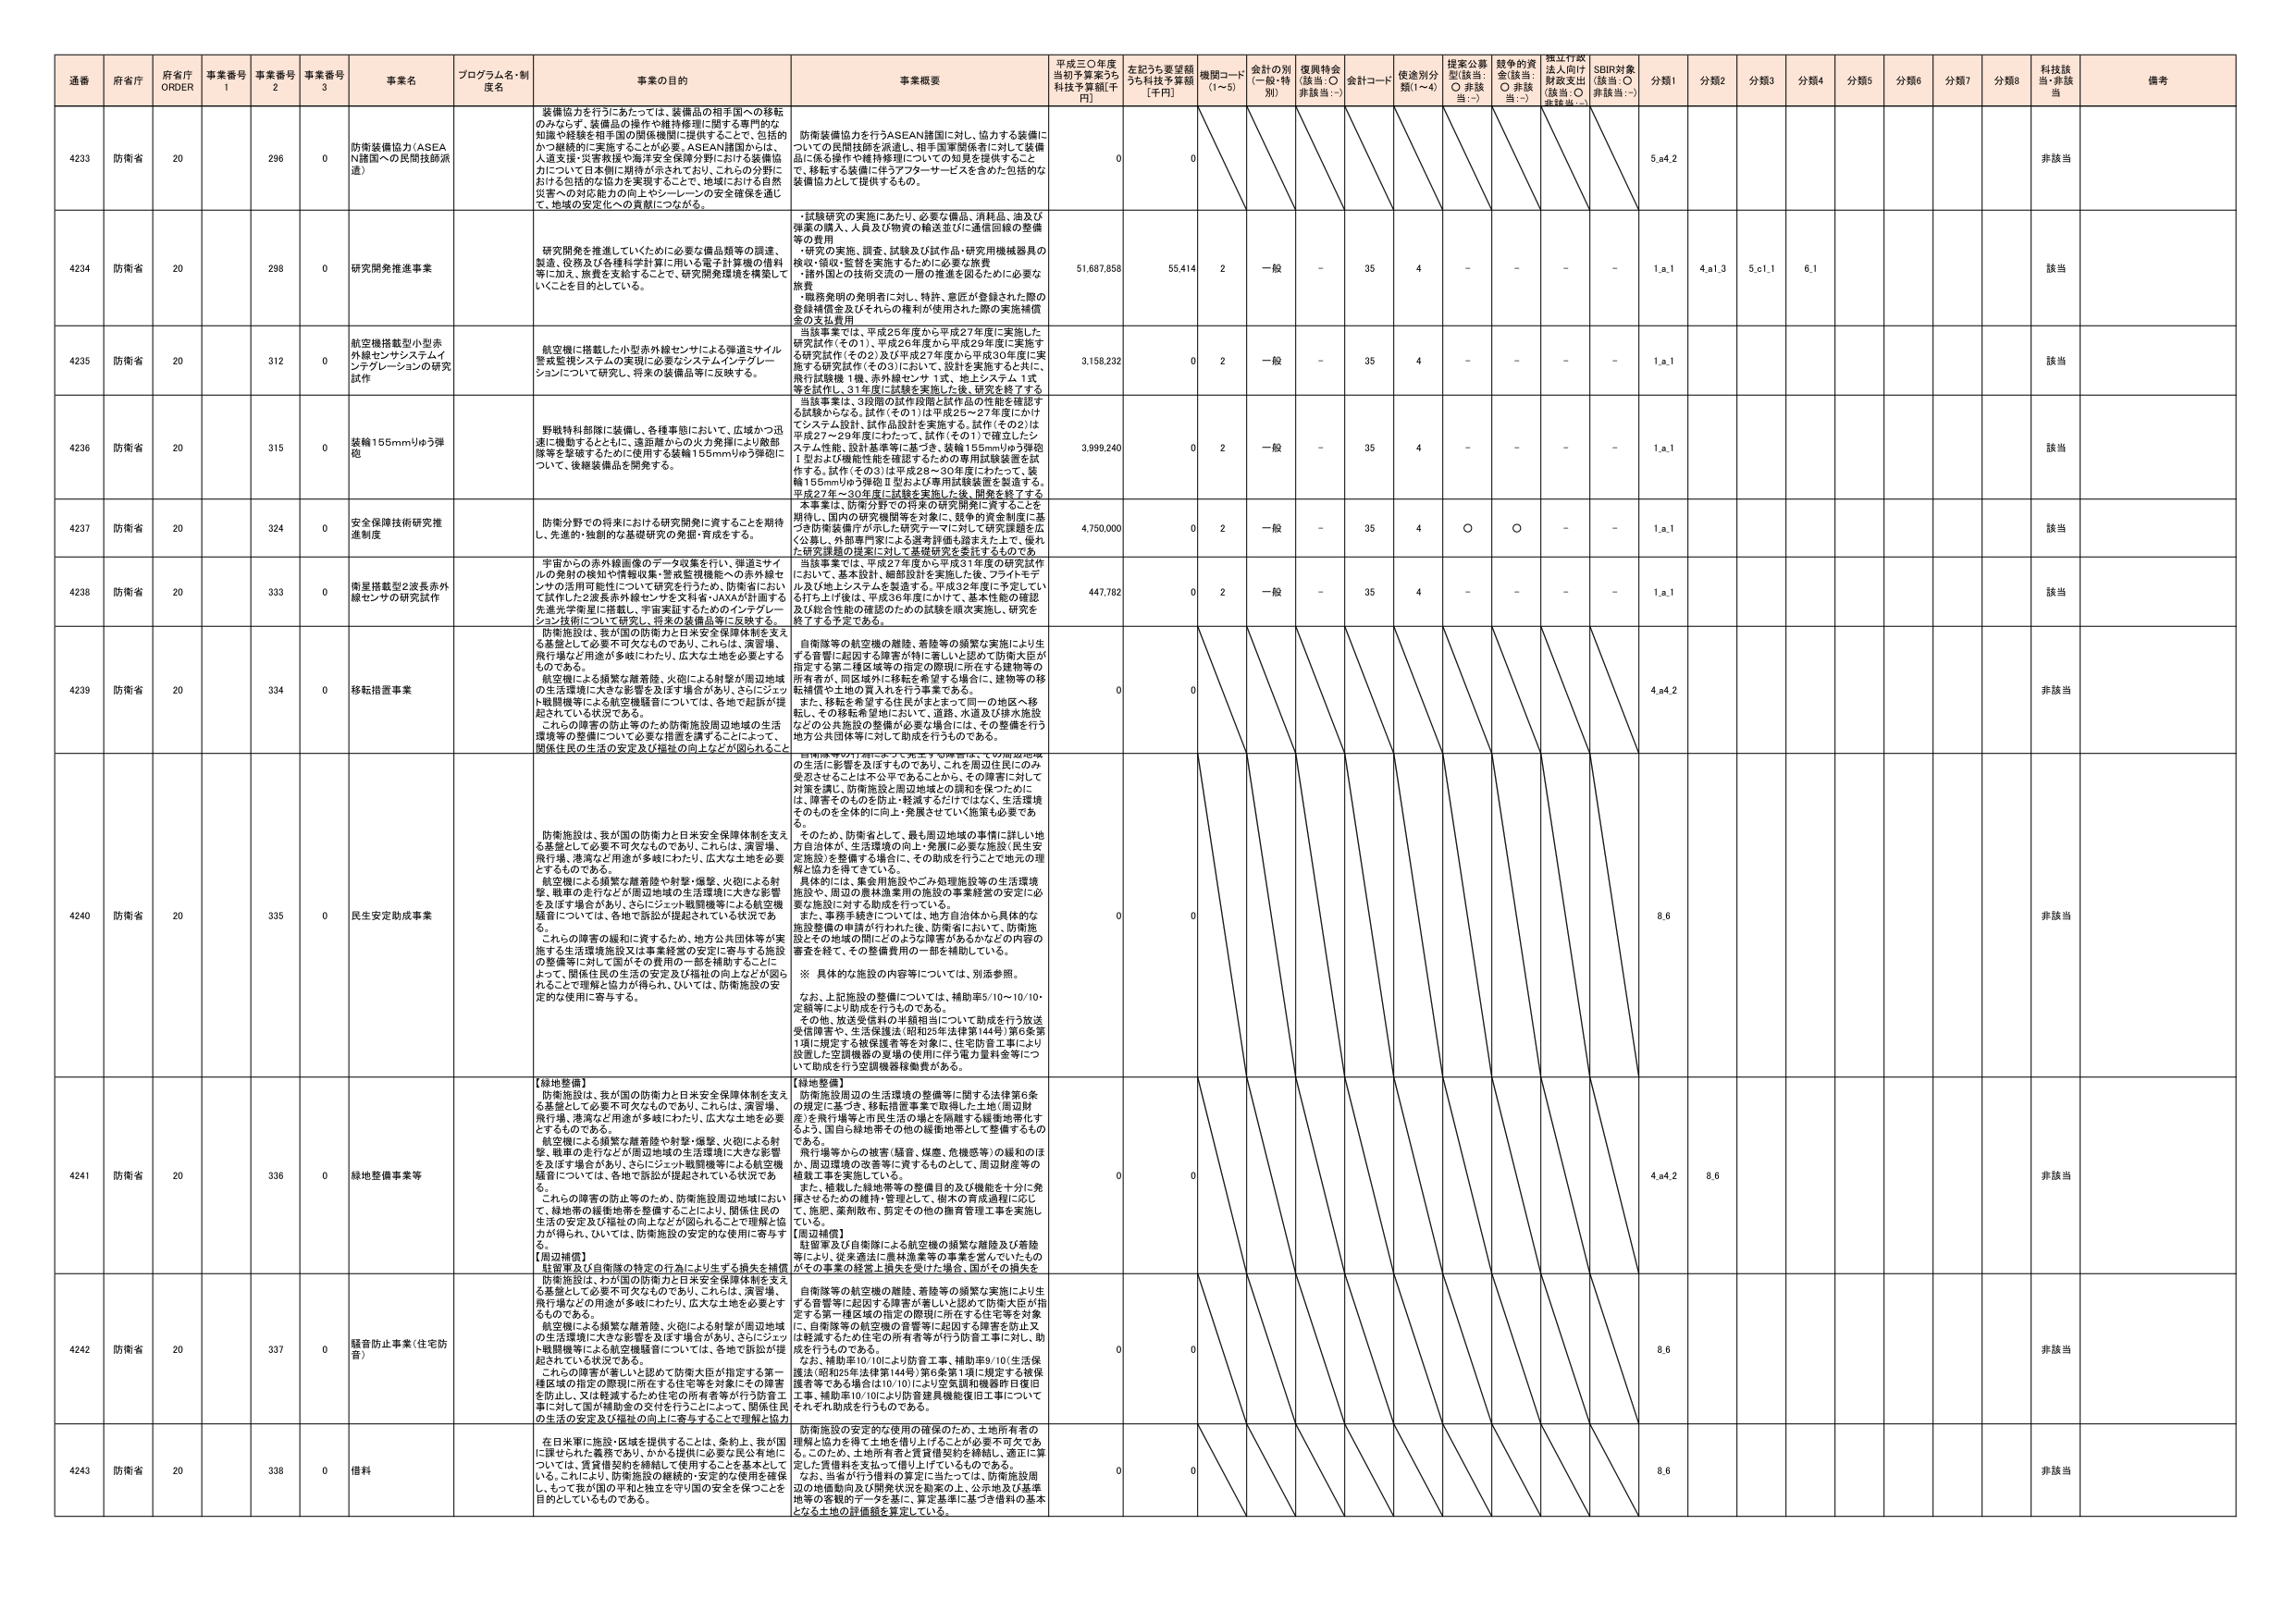
通番 府省庁 府省庁 ORDER 事業番号 1 事業番号 2 事業番号 3 事業名 プログラム名・制度名 事業の目的 事業概要 平成三〇年度当初予算案うち科技予算額[千円] 左記うち要望額うち科技予算額[千円] 機関コード(1～5) 会計の別(一般・特別) 復興特会(該当:○ 非該当:－) 会計コード 使途別分類(1～4) 提案公募型(該当:○ 非該当:－) 競争的資金(該当:○ 非該当:－) 採択行政法入向け財政支出(該当:○ 非該当:－) SDBR対象(該当:○ 非該当:－) 分類1 分類2 分類3 分類4 分類5 分類6 分類7 分類8 科技該当・非該当 備考

4233 防衛省 20 296 0 防衛装備協力(ASEAN諸国への民間技師派遣) 装備協力を行うにあたっては、装備品の相手国への移転のみならず、装備品の操作や維持修理に関する専門的な知識や経験を相手国の関係機関に提供することで、包括的かつ継続的に実施することが必要です。ASEAN諸国からは、人道支援・災害救援や海洋安全保障分野における装備協力について日本側に期待が示されており、これらの分野における包括的な協力を実現することで、地域における自然災害への対応能力の向上やシン・レーンの安全保障を通じて、地域の安定化への貢献につながる。 防衛装備協力を行うASEAN諸国に対し、協力する装備についての長期間技術を派遣し、相手国軍関係者に対し、装備品に係る操作や維持修理についての知見を提供すること で、移転する装備に伴うアフターサービスを含めた包括的な装備協力として提供するもの。 0 0 5,α4,2 非該当

4234 防衛省 20 298 0 研究開発推進事業 研究開発を推進していくために必要な備品類等の調達、製造、役務及び各種科学計算に用いる電子計算機の借料等に加え、旅費を支給することで、研究開発環境を構築していくことを目的としている。 ・試験研究の実施にあたり、必要な備品、消耗品、油及び弾薬の購入、人員及び物資の輸送並びに通信回線の整備等の費用 ・研究の実施、調査、試験及び試作品・研究用機械器具の検討、発注・監督を実施するために必要な旅費 ・諸外国との技術交流の一層の推進を図るために必要な旅費 ・最期発明の発明者に対し、特許、意匠が登録された際の登録補償金及びそれらの権利が使用された際の実施補償金の支払費用 51,687,858 55,414 2 一般 - 35 4 - - - - 1,α,1 4,α1,3 5,α1,1 6,1 該当

4235 防衛省 20 312 0 航空機搭載型小型赤外線センサシステムインテグレーションの研究試作 航空機に搭載した小型赤外線センサによる弾道ミサイル警戒監視システムの実現に必要なシステムインテグレーションについて研究し、将来の装備品等に反映する。 当該事業では、平成25年度から平成27年度に実施した研究試作(その1)、平成26年度から平成29年度に実施する研究試作(その2)及び平成27年度から平成30年度に実施する研究試作(その3)において、設計を実施すると共に、飛行試験機1機、赤外線センサ1式、地上システム1式等を試作し、31年度に試験を実施した後、研究を終了する。 3,158,232 0 2 一般 - 35 4 - - - - 1,α,1 該当

4236 防衛省 20 315 0 装輪155mmりゅう弾砲 野戦特科部隊に装備し、各種事態において、広域かつ迅速に機動するとともに、遠距離からの火力発揮により敵部隊等を撃破するために使用する装輪155mmりゅう弾砲について、後継装備品を開発する。 当該事業は、3段階の試作段階と試作品の性能を確認する試験からなる。試作(その1)は平成25～27年度にかけてシステム設計、試作品設計を実施する。試作(その2)は平成27～29年度にわたって、試作(その1)で確立したシステム性能、設計基準等に基づき、装輪155mmりゅう弾砲1型および機能性能を確認するための専用試験装置を試作する。試作(その3)は平成28～30年度にわたって、装輪155mmりゅう弾砲Ⅱ型および専用試験装置を製造する。平成27年～30年度に試験を実施した後、開発を終了する。 3,999,240 0 2 一般 - 35 4 - - - - 1,α,1 該当

4237 防衛省 20 324 0 安全保障技術研究推進制度 防衛分野での将来における研究開発に資することを期待し、先進的・独創的な基礎研究の発掘・育成をする。 本事業は、防衛分野での将来の研究開発に資することを期待し、国内の研究機関等を対象に、競争的資金制度に基づき防衛分野が示した研究テーマに対して研究課題を広く公募し、外部専門家による選考評価を踏まえた上で、優れた研究課題の提案に対して基礎研究を委託するものである。 4,750,000 0 2 一般 - 35 4 ○ ○ - - 1,α,1 該当

4238 防衛省 20 333 0 衛星搭載型2波長赤外線センサの研究試作 宇宙からの赤外線画像のデータ収集を行い、弾道ミサイルの発射の検知や情報収集・警戒監視機能への赤外線センサの活用可能性について研究を行うため、防衛省において試作した2波長赤外線センサを文科省・JAXAが計画する先進光子衛星に搭載し、宇宙実証するためのインテグレーション技術について研究し、将来の装備品等に反映する。 当該事業では、平成27年度から平成31年度の研究試作において、基本設計、細部設計を実施した後、フライトモデル及び地上システムを製造する。平成32年度に予定している打ち上げ後は、平成36年度にかけて、基本性能の確認及び総合性能の確認のための試験を順次実施し、研究を終了する予定である。 447,782 0 2 一般 - 35 4 - - - - 1,α,1 該当

4239 防衛省 20 334 0 移転措置事業 防衛施設は、我が国の防衛力と日米安全保障体制を支える基盤として必要不可欠なものであり、これらは、演習場、飛行場など用途が多岐にわたり、広大な土地を必要とするものである。 航空機による頻繁な離着陸や射撃・爆撃、火砲による射撃、戦車の走行などが周辺地域の生活環境に大きな影響を及ぼす場合があり、さらにジェット戦闘機等による航空機騒音については、各地で訴訟が提起されている状況である。 これらの障害の防止等のため、防衛施設周辺地域の生活環境等の整備について必要性が指摘することによって、関係住民の生活の安定及び福祉の向上などが図られること 自衛隊等の航空機の離陸、着陸等の頻繁な実施により生ずる音響に起因する障害が特に著しいと認めて防衛大臣が指定する第2種区域等の指定の際現に所在する建物等の所有者が、同区域外に移転を希望する場合に、建物等の移転補償や土地の買入れを行う事業である。 また、移転を希望する住民がまとまって同一の地区へ移転し、その移転希望地において、道路、水道及び排水施設などの公共施設の整備が必要な場合には、その整備を行う地方公共団体等に対して助成を行うものである。 0 0 4,α4,2 非該当

4240 防衛省 20 335 0 民生安定助成事業 防衛施設は、我が国の防衛力と日米安全保障体制を支える基盤として必要不可欠なものであり、これらは、演習場、飛行場、港湾など用途が多岐にわたり、広大な土地を必要とするものである。 航空機による頻繁な離着陸や射撃・爆撃、火砲による射撃、戦車の走行などが周辺地域の生活環境に大きな影響を及ぼす場合があり、さらにジェット戦闘機等による航空機騒音については、各地で訴訟が提起されている状況である。 これらの障害の緩和に資するため、地方公共団体等が実施する生活環境施設又は事業経営の安定に寄与する施設の整備等に対して国がその費用の一部を補助することによって、関係住民の生活の安定及び福祉の向上などが図られることで理解と協力が得られ、ひいては、防衛施設の安定的な使用に寄与する。 自衛隊等の航空機の離陸、着陸等の頻繁な実施により生ずる音響に起因する障害が特に著しいと認めて防衛大臣が指定する第2種区域等の指定の際現に所在する建物等の所有者が、同区域外に移転を希望する場合に、建物等の移転補償や土地の買入れを行う事業である。 また、移転を希望する住民がまとまって同一の地区へ移転し、その移転希望地において、道路、水道及び排水施設などの公共施設の整備が必要な場合には、その整備を行う地方公共団体等に対して助成を行うものである。 0 0 8,6 非該当

4241 防衛省 20 336 0 緑地整備事業等 【緑地整備】 防衛施設は、我が国の防衛力と日米安全保障体制を支える基盤として必要不可欠なものであり、これらは、演習場、飛行場、港湾など用途が多岐にわたり、広大な土地を必要とするものである。 航空機による頻繁な離着陸や射撃・爆撃、火砲による射撃、戦車の走行などが周辺地域の生活環境に大きな影響を及ぼす場合があり、さらにジェット戦闘機等による航空機騒音については、各地で訴訟が提起されている状況である。 これらの障害の防止等のため、防衛施設周辺地域において、緑地帯の緩衝地帯を整備することにより、関係住民の生活の安定及び福祉の向上などが図られることで理解と協力が得られ、ひいては、防衛施設の安定的な使用に寄与する。 【周辺補償】 駐留軍及び自衛隊の特定の行為により生ずる損失を補償 【緑地整備】 防衛施設周辺の生活環境の整備等に関する法律第6条の規定に基づき、移転措置事業で取得した土地(周辺財産)を飛行場等と市民生活の場とを隔離する緩衝地帯化するよう、国自ら緑地帯その他の緩衝地帯として整備するものである。 飛行場等からの被害(騒音、煤煙、危機感等)の緩和のほか、周辺環境の改善等に資するものとして、周辺財産等の補栽工事を実施している。 また、補栽した緑地帯等の整備目的及び機能を十分に発揮させるための維持・管理として、樹木の育成過程に応じて、施肥、薬剤散布、剪定その他の施育管理工事を実施している。 【周辺補償】 駐留軍及び自衛隊による航空機の頻繁な離陸及び着陸等により、従来道路に農林漁業等の事業を営んでいたものがその事業の経営上損失を受けた場合、国がその損失を 0 0 4,α4,2 8,6 非該当

4242 防衛省 20 337 0 騒音防止事業(住宅防音) 防衛施設は、我が国の防衛力と日米安全保障体制を支える基盤として必要不可欠なものであり、これらは、演習場、飛行場など用途が多岐にわたり、広大な土地を必要とするものである。 航空機による頻繁な離着陸、火砲による射撃が周辺地域の生活環境に大きな影響を及ぼす場合があり、さらにジェット戦闘機等による航空機騒音については、各地で訴訟が提起されている状況である。 これらの障害が著しいと認めて防衛大臣が指定する第一種区域の指定の際現に所在する住宅等を対象にその障害を防止し、又は軽減するため住宅の所有者等が行う防音工事に対して国が補助金の交付を行うことによって、関係住民の生活の安定及び福祉の向上に寄与することで理解と協力 自衛隊等の航空機の離陸、着陸等の頻繁な実施により生ずる音響等に起因する障害が著しいと認めて防衛大臣が指定する第一種区域の指定の際現に所在する住宅等を対象に、自衛隊等の航空機の音響等に起因する障害を防止又は軽減するため住宅の所有者等が行う防音工事に対して、助成を行うものである。 なお、補助率10/10により防音工事、補助率9/10(生活保護法(昭和25年法律第144号)第6条第1項に規定する被保護者等である場合は10/10)により空気調和機器再仕様旧工事、補助率10/10により防音建具機能復旧工事についてそれぞれ助成を行うものである。 0 0 8,6 非該当

4243 防衛省 20 338 0 借料 在日米軍に施設・区域を提供することとは、条約上、我が国に課せられた義務であり、かかる提供に必要な民有地については、賃貸借契約を締結して使用することを基本としている。これにより、防衛施設の継続的・安定的な使用を確保し、もって我が国の平和と独立を守り国の安全を保つことを目的としているものである。 防衛施設の安定的な使用の確保のため、土地所有者の理解と協力を得て土地を借り上げることが必要不可欠である。このため、土地所有者と賃貸借契約を締結し、適正に算定した賃借料を支払って借り上げているものである。 なお、当該が行う借料の算定に当たっては、防衛施設周辺の地価動向及び開発状況を勘案の上、公共地及び基準地等の客観的データを基に、算定基準に基づき借料の基本となる土地の評価額を算定している。 0 0 8,6 非該当